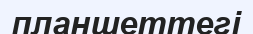
планшеттегі